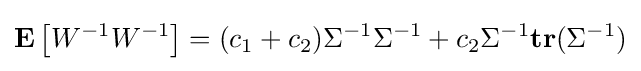
\mathbf {E} \left[W^{-1}W^{-1}\right]=(c_{1}+c_{2})\Sigma ^{-1}\Sigma ^{-1}+c_{2}\Sigma ^{-1}\mathbf {tr} (\Sigma ^{-1})